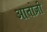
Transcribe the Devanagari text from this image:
आतोज़ी